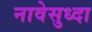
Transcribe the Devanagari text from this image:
नावेसुध्दा